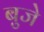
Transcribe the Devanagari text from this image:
बुजे